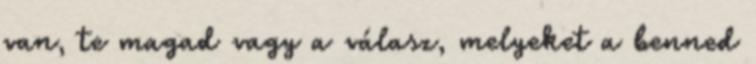
van, te magad vagy a válasz, melyeket a benned